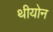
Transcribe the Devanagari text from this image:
थीयोन